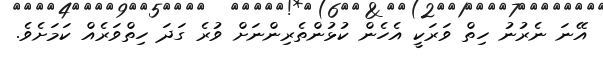
އޭނަ ނެރުނު ހިތް ވަރަކީ އެހެން ކުޅުންތެރިންނަށް ވުރެ ގަދަ ހިތްވަރެއް ކަމަށެވެ.